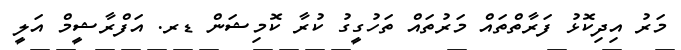
މަރު އިދިކޮޅު ފަރާތްތައް މަރުތައް ތަހުގީގު ކުރާ ކޮމިޝަން ޑރ. އަފްރާޝީމް އަލީ